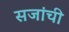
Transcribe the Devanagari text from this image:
सजांची